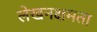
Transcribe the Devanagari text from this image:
लेखनक्षमता